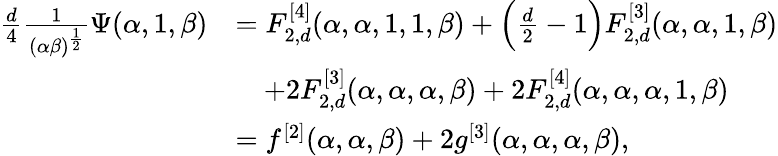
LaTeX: \begin{array}{rl}{\frac{d}{4}\frac{1}{(\alpha\beta)^{\frac 12}}\Psi(\alpha,1,\beta)}&{=F_{2,d}^{[4]}(\alpha,\alpha,1,1,\beta)+\Big(\frac{d}{2}-1\Big)F_{2,d}^{[3]}(\alpha,\alpha,1,\beta)}\\ &{\quad+2F_{2,d}^{[3]}(\alpha,\alpha,\alpha,\beta)+2F_{2,d}^{[4]}(\alpha,\alpha,\alpha,1,\beta)}\\ &{=f^{[2]}(\alpha,\alpha,\beta)+2g^{[3]}(\alpha,\alpha,\alpha,\beta),}\end{array}